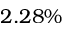
2 . 2 8 \%